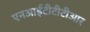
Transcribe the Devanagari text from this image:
एनआईटीटीटीआर